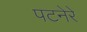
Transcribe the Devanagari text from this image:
पटनेरे